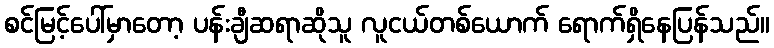
စင်မြင့်ပေါ်မှာတော့ ပန်းချီဆရာဆိုသူ လူငယ်တစ်ယောက် ရောက်ရှိနေပြန်သည်။